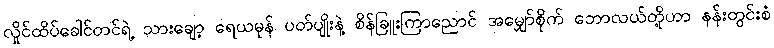
လှိုင်ထိပ်ခေါင်တင်ရဲ့ သားချော့ ရေယမုန် ပတ်ပျိုးနဲ့ စိန်ခြူးကြာညောင် အမျှော်စိုက် ဘောလယ်တို့ဟာ နန်းတွင်းစံ